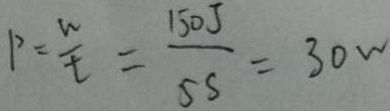
P = \frac { w } { t } = \frac { 1 5 0 j } { 5 s } = 3 0 w